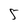
Character: 5